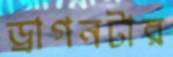
ড্রাগনটার